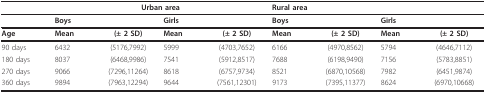
<table><thead><tr><td></td><td colspan="4"><b>Urban area</b></td><td colspan="4"><b>Rural area</b></td></tr></thead><tbody><tr><td></td><td colspan="2"><b>Boys</b></td><td colspan="2"><b>Girls</b></td><td colspan="2"><b>Boys</b></td><td colspan="2"><b>Girls</b></td></tr><tr><td><b>Age</b></td><td><b>Mean</b></td><td><b>(± 2 SD)</b></td><td><b>Mean</b></td><td><b>(± 2 SD)</b></td><td><b>Mean</b></td><td><b>(± 2 SD)</b></td><td><b>Mean</b></td><td><b>(± 2 SD)</b></td></tr><tr><td>90 days</td><td>6432</td><td>(5176,7992)</td><td>5999</td><td>(4703,7652)</td><td>6166</td><td>(4970,8562)</td><td>5794</td><td>(4646,7112)</td></tr><tr><td>180 days</td><td>8037</td><td>(6468,9986)</td><td>7541</td><td>(5912,8517)</td><td>7688</td><td>(6198,9490)</td><td>7156</td><td>(5783,8851)</td></tr><tr><td>270 days</td><td>9066</td><td>(7296,11264)</td><td>8618</td><td>(6757,9734)</td><td>8521</td><td>(6870,10568)</td><td>7982</td><td>(6451,9874)</td></tr><tr><td>360 days</td><td>9894</td><td>(7963,12294)</td><td>9644</td><td>(7561,12301)</td><td>9173</td><td>(7395,11377)</td><td>8624</td><td>(6970,10668)</td></tr></tbody></table>